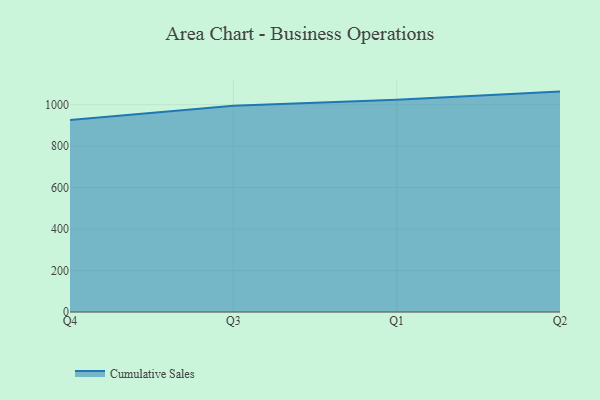
{"axis": {"x": "Quarter", "y": "Website Visitors"}, "legend": ["Cumulative Sales"], "data": [{"x": "Q4", "y": 925.9, "type": "Cumulative Sales"}, {"x": "Q3", "y": 995.2, "type": "Cumulative Sales"}, {"x": "Q1", "y": 1024.4, "type": "Cumulative Sales"}, {"x": "Q2", "y": 1063.2, "type": "Cumulative Sales"}]}